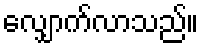
လျှောက်လာသည်။